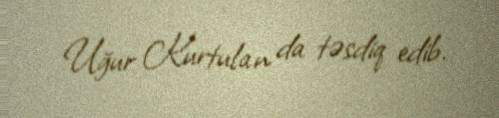
Uğur Kurtulan da təsdiq edib.